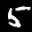
Label: 5